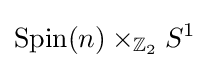
\mathrm {Spin} (n)\times _{\mathbb {Z} _{2}}S^{1}